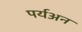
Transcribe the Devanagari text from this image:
पर्यअन